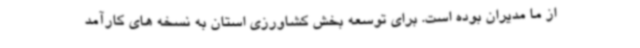
از ما مدیران بوده است. برای توسعه بخش کشاورزی استان به نسخه های کارآمد